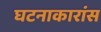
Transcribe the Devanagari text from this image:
घटनाकारांस